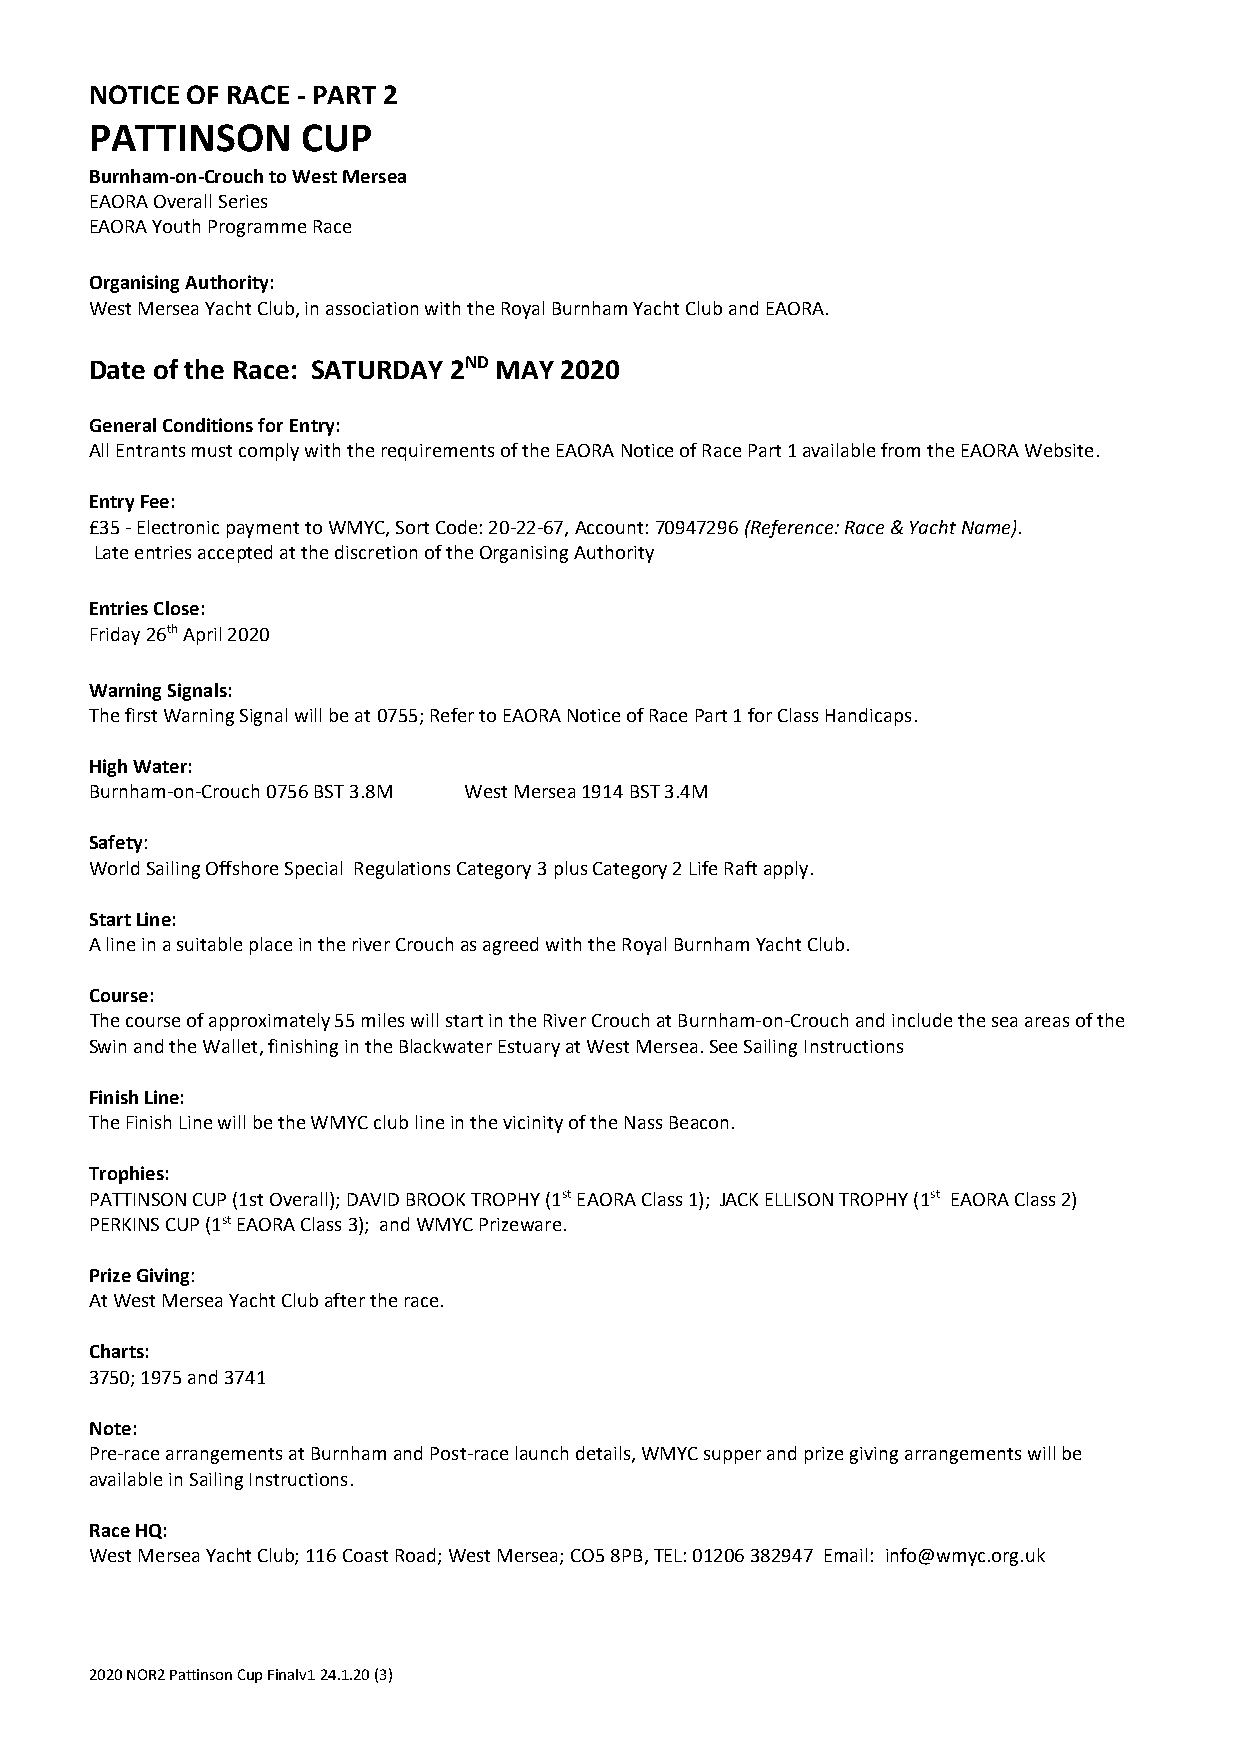
NOTICE OF RACE - PART 2
 PATTINSON     CUP
 Burnham-on-Crouch to West Mersea
 EAORA Overall Series
 EAORA Youth Programme Race
 Organising Authority:
 West Mersea Yacht Club, in association with the Royal Burnham Yacht Club and EAORA.
 Date of the Race: SATURDAY 2ND MAY 2020
 General Conditions for Entry:
 All Entrants must comply with the requirements of the EAORA Notice of Race Part 1 available from the EAORA Website.
 Entry Fee:
 £35 - Electronic payment to WMYC, Sort Code: 20-22-67, Account: 70947296 (Reference: Race & Yacht Name).
 Late entries accepted at the discretion of the Organising Authority
 Entries Close:
 Friday 26th April 2020
 Warning Signals:
 The first Warning Signal will be at 0755; Refer to EAORA Notice of Race Part 1 for Class Handicaps.
 High Water:
 Burnham-on-Crouch 0756 BST 3.8M West Mersea 1914 BST 3.4M
 Safety:
 World Sailing Offshore Special Regulations Category 3 plus Category 2 Life Raft apply.
 Start Line:
 A line in a suitable place in the river Crouch as agreed with the Royal Burnham Yacht Club.
 Course:
 The course of approximately 55 miles will start in the River Crouch at Burnham-on-Crouch and include the sea areas of the
 Swin and the Wallet, finishing in the Blackwater Estuary at West Mersea. See Sailing Instructions
 Finish Line:
 The Finish Line will be the WMYC club line in the vicinity of the Nass Beacon.
 Trophies:
 PATTINSON CUP (1st Overall); DAVID BROOK TROPHY (1st EAORA Class 1); JACK ELLISON TROPHY (1st EAORA Class 2)
 PERKINS CUP (1st EAORA Class 3); and WMYC Prizeware.
 Prize Giving:
 At West Mersea Yacht Club after the race.
 Charts:
 3750; 1975 and 3741
 Note:
 Pre-race arrangements at Burnham and Post-race launch details, WMYC supper and prize giving arrangements will be
 available in Sailing Instructions.
 Race HQ:
 West Mersea Yacht Club; 116 Coast Road; West Mersea; CO5 8PB, TEL: 01206 382947 Email: info@wmyc.org.uk
 2020 NOR2 Pattinson Cup Finalv1 24.1.20 (3)